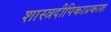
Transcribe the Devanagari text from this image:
शास्त्रदीपिकाप्रकाश